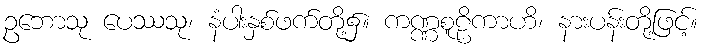
ဥဘောသု ပေဿသု၊ နံပါးနှစ်ဖက်တို့၌။ ကဏ္ဏစူဠိကာဟိ၊ နားပန်းတို့ဖြင့်။